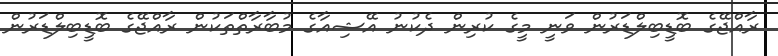
ރާއްޖޭގެ ބޮޑީބިލްޑަރުން ވަނީ މީގެ ކުރިން ދެކުނު އޭޝިއާގެ މުބާރާތްތަކުން ރާއްޖޭގެ ބޮޑީބިލްޑަރުން